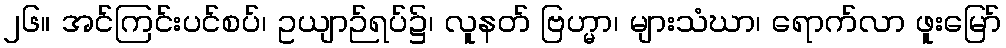
၂၆။ အင်ကြင်းပင်စပ်၊ ဥယျာဉ်ရပ်၌၊ လူနတ် ဗြဟ္မာ၊ များသံဃာ၊ ရောက်လာ ဖူးမြော်